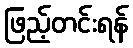
ဖြည့်တင်းရန်